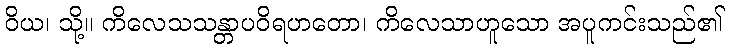
ဝိယ၊ သို့။ ကိလေသသန္တာပဝိရဟတော၊ ကိလေသာဟူသော အပူကင်းသည်၏